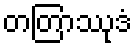
တတြာဿုဒံ